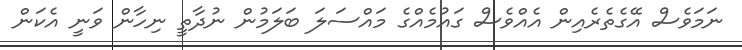
ނަމަވެސް އޭގެތެރެއިން އެއްވެސް ގައުމެއްގެ މައްސަލަ ބަލަމުން ނުދާތީ ނިހާން ވަނީ އެކަން